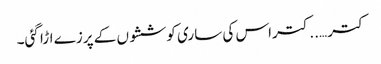
کتر …..کتراس کی ساری کوششوں کے پرزے اڑا گئی۔